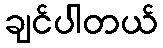
ချင်ပါတယ်